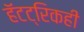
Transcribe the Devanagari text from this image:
हॅटट्रिकही